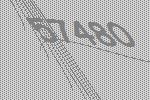
57480